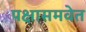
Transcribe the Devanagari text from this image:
पक्षासमवेत